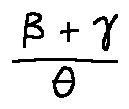
\frac { \beta + \gamma } { \theta }